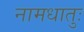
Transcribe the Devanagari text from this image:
नामधातुः